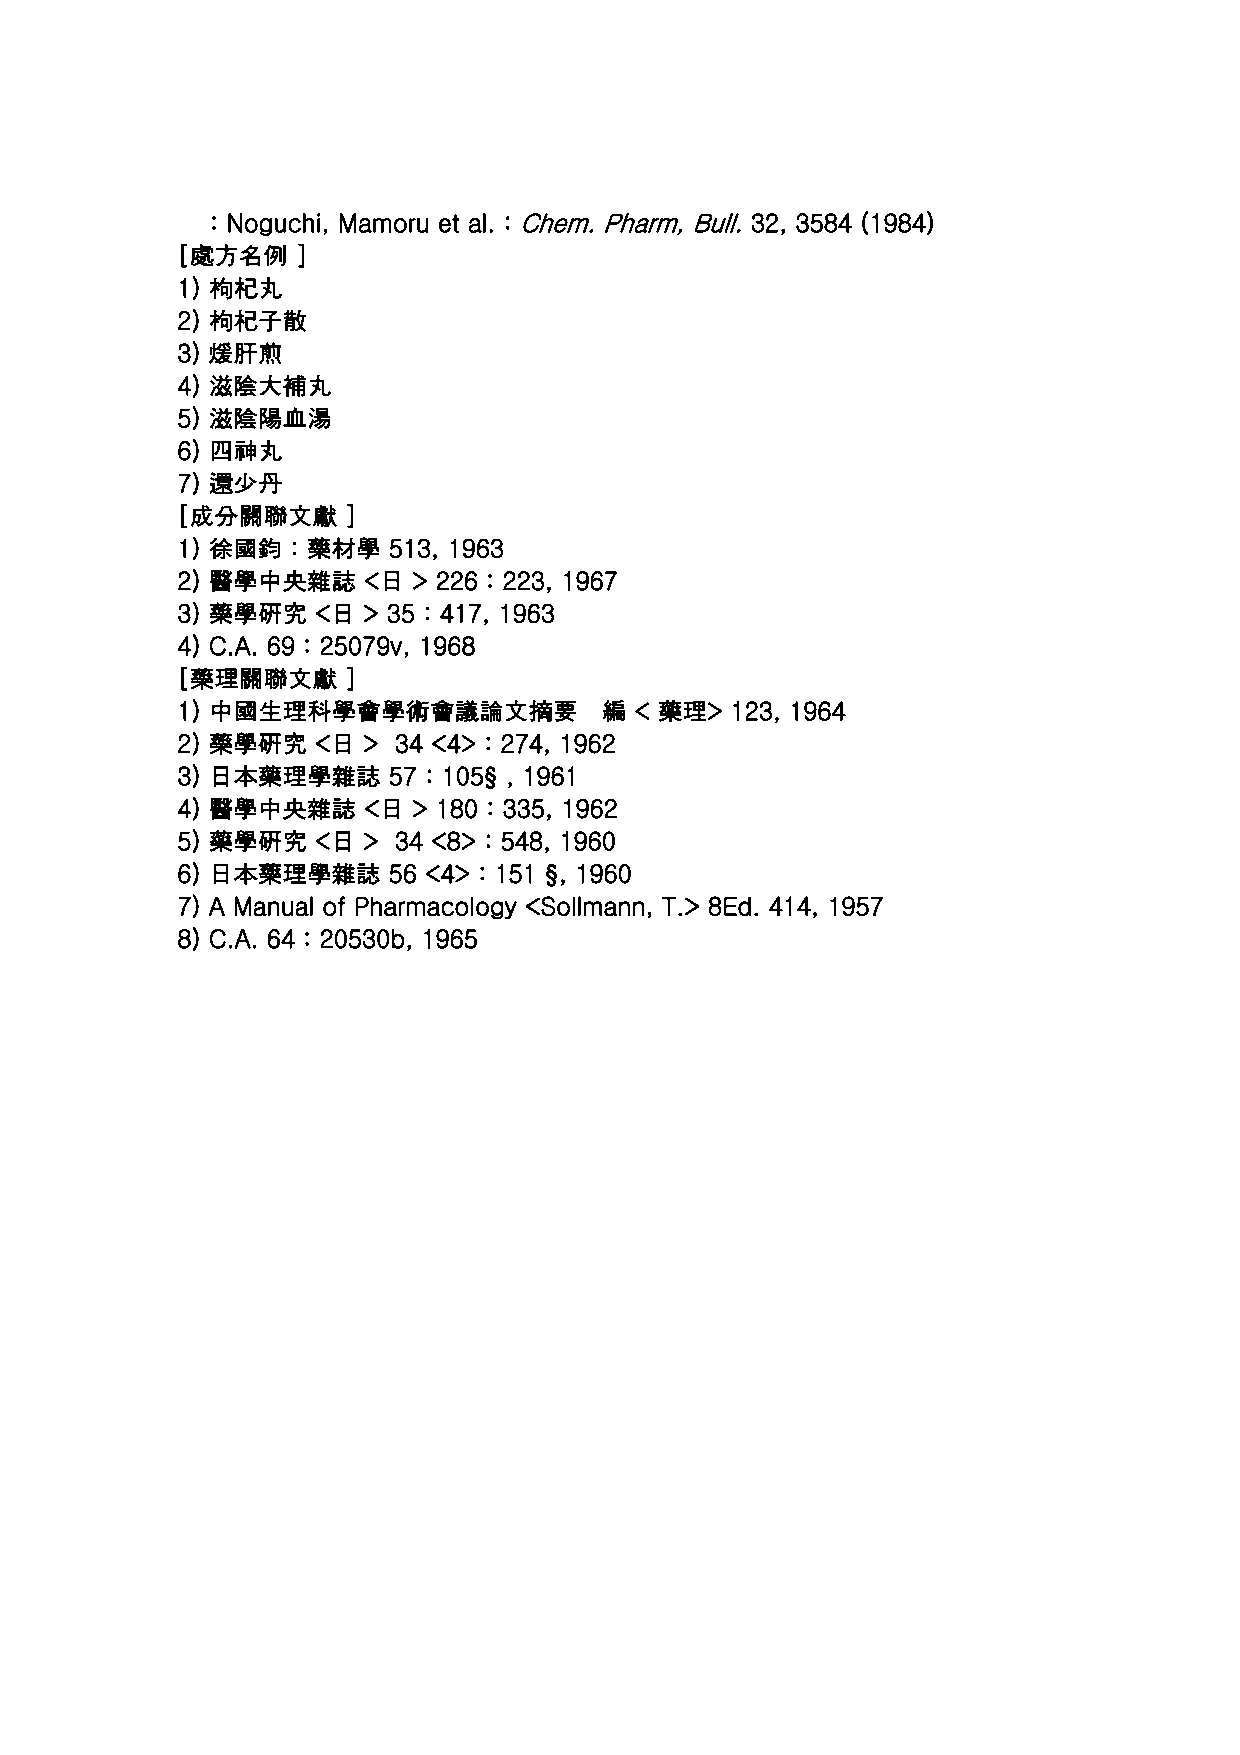
: Noguchi, Mamoru et al. : Chem. Pharm, Bull. 32, 3584 (1984)
 [處方名例   ]
 1) 枸杞丸
 2) 枸杞子散
 3) 煖肝煎
 4) 滋陰大補丸
 5) 滋陰陽血湯
 6) 四神丸
 7) 還少丹
 [成分關聯文獻    ]
 1) 徐國鈞 : 藥材學  513, 1963
 2) 醫學中央雜誌   <日 > 226 : 223, 1967
 3) 藥學硏究  <日 > 35 : 417, 1963
 4) C.A. 69 : 25079v, 1968
 [藥理關聯文獻    ]
 1) 中國生理科學會學術會議論文摘要          編 < 藥理> 123, 1964
 2) 藥學硏究  <日 > 34 <4> : 274, 1962
 3) 日本藥理學雜誌    57 : 105§ , 1961
 4) 醫學中央雜誌   <日 > 180 : 335, 1962
 5) 藥學硏究  <日 > 34 <8> : 548, 1960
 6) 日本藥理學雜誌    56 <4> : 151 §, 1960
 7) A Manual of Pharmacology <Sollmann, T.> 8Ed. 414, 1957
 8) C.A. 64 : 20530b, 1965